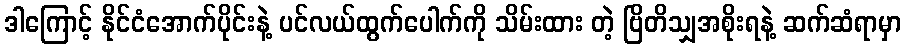
ဒါကြောင့် နိုင်ငံအောက်ပိုင်းနဲ့ ပင်လယ်ထွက်ပေါက်ကို သိမ်းထား တဲ့ ဗြိတိသျှအစိုးရနဲ့ ဆက်ဆံရာမှာ